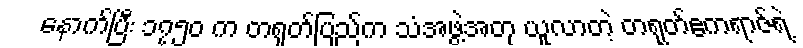
နောက်ပြီး ၁၇၅၀ က တရုတ်ပြည်က သံအဖွဲ့အတု ယူလာတဲ့ တရုတ်ဧကရာဇ်ရဲ့